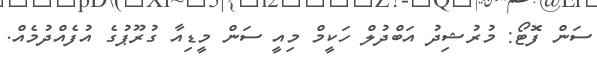
ސަން ފޮޓޯ: މުރުޝިދު އަބްދުލް ހަކީމް މިއީ ސަން މީޑިއާ ގުރޫޕުގެ އުފެއްދުމެއް.